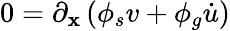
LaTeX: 0=\partial_{\mathbf{x}}\left(\phi_{s}v+\phi_{g}\dot{{u}}\right)